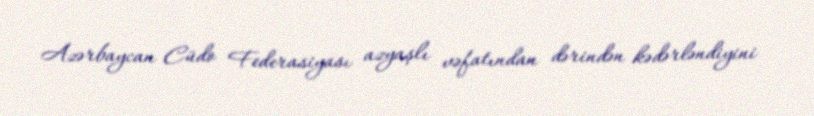
Azərbaycan Cüdo Federasiyası azyaşlı vəfatından dərindən kədərləndiyini